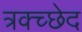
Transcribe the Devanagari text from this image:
त्रक्च्छेद